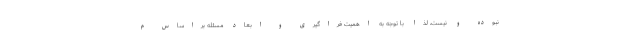
نبوده و نیست، لذا با توجه به اهمیت فراگیری و ابعاد مسئله براساس م